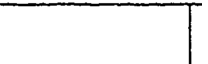
|